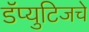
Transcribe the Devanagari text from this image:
डॅप्युटिजचे